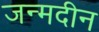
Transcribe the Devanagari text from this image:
जन्मदीन